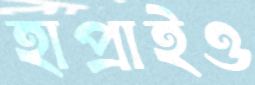
হাপ্‌রাইও